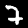
Label: 7